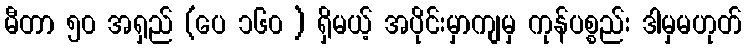
မီတာ ၅၀ အရှည် (ပေ ၁၆၀ ) ရှိမယ့် အပိုင်းမှာကျမှ ကုန်ပစ္စည်း ဒါမှမဟုတ်